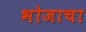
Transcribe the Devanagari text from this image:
भोजाचा